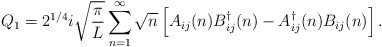
LaTeX: \begin{align*}Q_1 = 2^{1/4}i \sqrt{\pi \over L}\sum_{n=1}^{\infty} \sqrt{n}\left[A_{ij}(n)B_{ij}^{\dag}(n)-A_{ij}^{\dag}(n)B_{ij}(n)\right] .\end{align*}